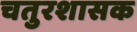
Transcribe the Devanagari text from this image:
चतुरशासक